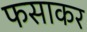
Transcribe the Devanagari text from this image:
फसाकर